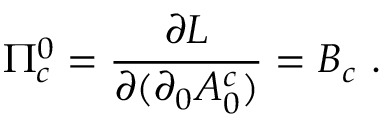
\Pi _ { c } ^ { 0 } = \frac { \partial { \cal { L } } } { \partial ( \partial _ { 0 } A _ { 0 } ^ { c } ) } = B _ { c } ~ .